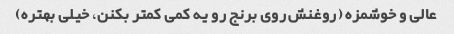
عالی و خوشمزه (روغنش روی برنج رو یه کمی کمتر بکنن، خیلی بهتره)